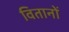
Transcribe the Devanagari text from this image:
वितानों